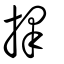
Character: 擇